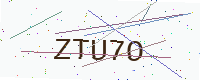
Text: ZTU7O